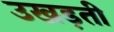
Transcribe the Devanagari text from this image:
उखड़ती